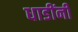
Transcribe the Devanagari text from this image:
धाडींनी